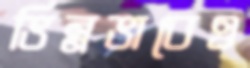
ভিন্নভাবেও